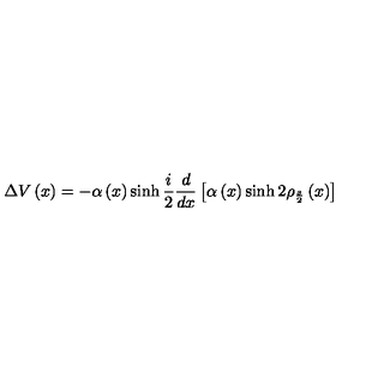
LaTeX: \Delta V \left( x \right) = - \alpha \left( x \right) \sinh \frac { i } { 2 } \frac { d } { d x } \left[ \alpha \left( x \right) \sinh 2 \rho _ { \frac { s } { 2 } } \left( x \right) \right]